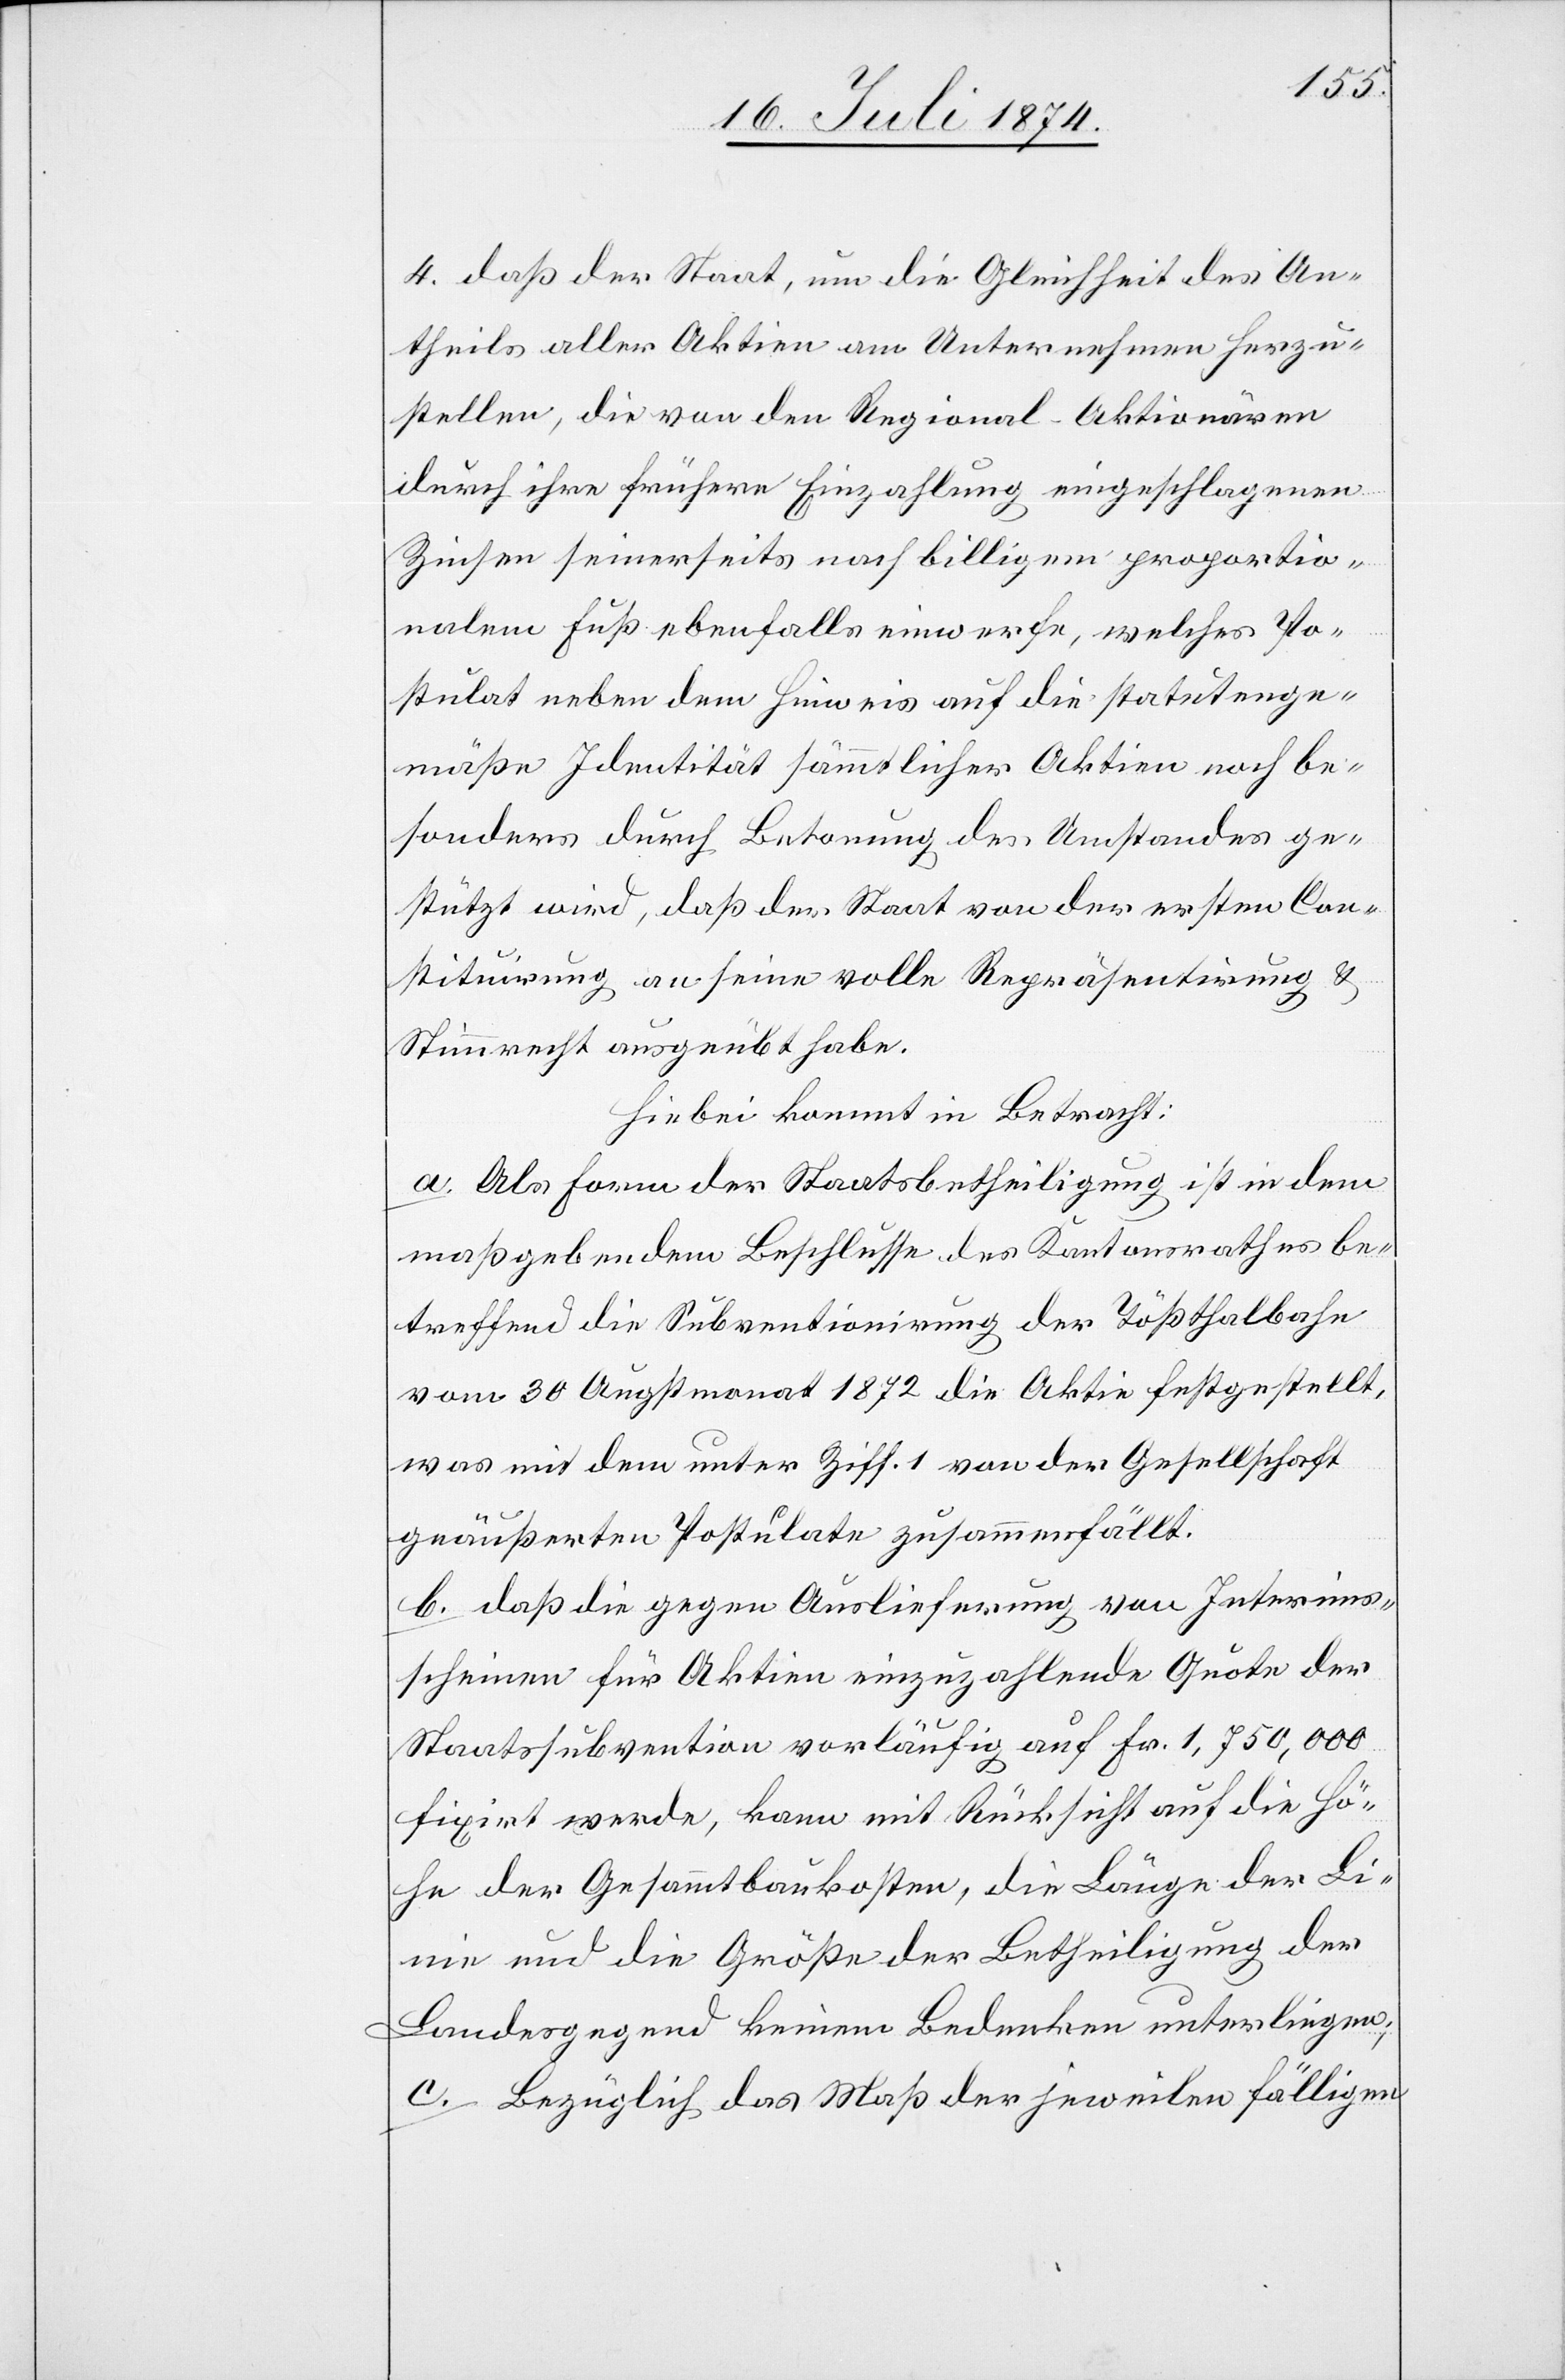
4. daß der Staat, um die Gleichheit des An¬
theils aller Aktien am Unternehmen herzu¬
stellen, die von den Regional-Aktionären
durch ihre frühere Einzahlung eingeschlagenen
Zinsen seinerseits nach billigem proportio¬
nalem Fuß ebenfalls einwerfe, welches Po¬
stulat neben dem Hinweis auf die statutenge¬
mäße Identität sämmtlicher Aktien noch be¬
sonders durch Betonung des Umstandes ge¬
stützt wird, daß der Staat von der ersten Con¬
stituirung an seine volle Repräsentirung u.
Stimmrecht ausgeübt habe.
Hiebei kommt in Betracht:
a. als Form der Staatsbetheiligung ist in dem
maßgebenden Beschlusse des Kantonsrathes be¬
treffend die Subventionirung der Tößthalbahn
vom 30. Augstmonat 1872 die Aktie festgestellt,
was mit dem unter Ziff. 1 von der Gesellschaft
geäußerten Postulate zusammenfällt.
b. daß die gegen Auslieferung von Interims¬
scheinen für Aktien einzuzahlende Quote der
Staatssubvention vorläufig auf Fr. 1,750,000
fixirt werde, kann mit Rücksicht auf die Hö¬
he der Gesammtbaukosten, die Länge der Li¬
nie und die Größe der Betheiligung der
Landesgegend keinen Bedenken unterliegen;
c. Bezüglich das Maß der jeweilen fälligen